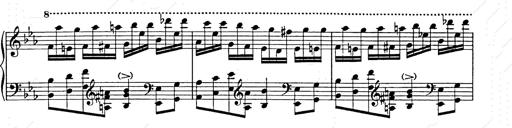
Title: Hungarian Rhapsody No.9
Composer: Franz Liszt
Key: E-flat major